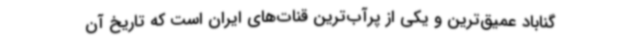
گناباد عمیق‌ترین و یکی از پرآب‌ترین قنات‌های ایران است که تاریخ آن